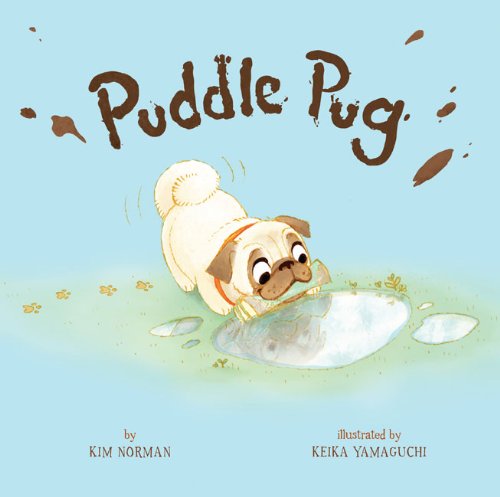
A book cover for Puddle Pug; Kim Norman; Children's Books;